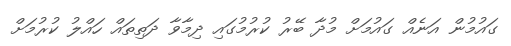
ގައުމުން އަނެއް ގައުމަށް މުދާ ބޭރު ކުރުމުގައި ދިމާވާ ދަތިތައް ހައްލު ކުރުމަށް